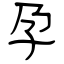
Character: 孕